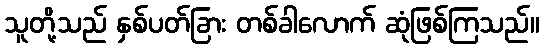
သူတို့သည် နှစ်ပတ်ခြား တစ်ခါလောက် ဆုံဖြစ်ကြသည်။